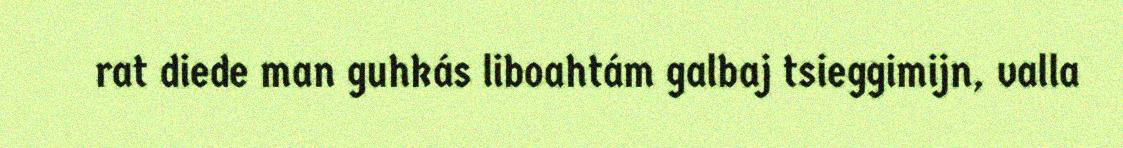
rat diede man guhkás liboahtám galbaj tsieggimijn, valla